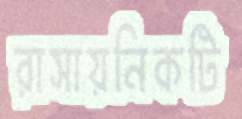
রাসায়নিকটি